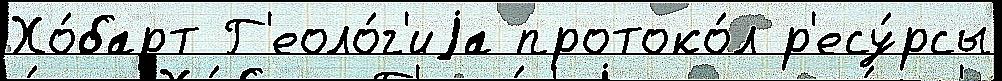
Хо́барт Г'еоло́г'иjа протоко́л р'есу́рсы